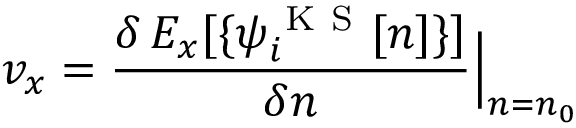
v _ { x } = \frac { \delta \, E _ { x } [ \{ \psi _ { i } ^ { \mathrm { ~ K ~ S ~ } } [ n ] \} ] } { \delta n } \Big | _ { n = n _ { 0 } }